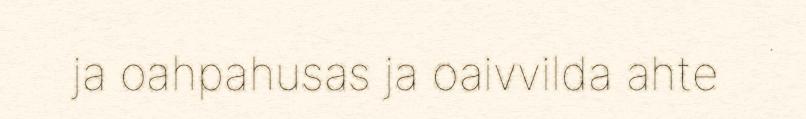
ja oahpahusas ja oaivvilda ahte